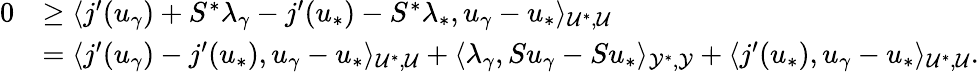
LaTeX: \begin{array}{rl}{0}&{\ge\langle j^{\prime}(u_{\gamma})+S^{*}\lambda_{\gamma}-j^{\prime}(u_{*})-S^{*}\lambda_{*},u_{\gamma}-u_{*}\rangle_{\mathcal{U}^{*},\mathcal{U}}}\\ &{=\langle j^{\prime}(u_{\gamma})-j^{\prime}(u_{*}),u_{\gamma}-u_{*}\rangle_{\mathcal{U}^{*},\mathcal{U}}+\langle\lambda_{\gamma},Su_{\gamma}-Su_{*}\rangle_{\mathcal{Y}^{*},\mathcal{Y}}+\langle j^{\prime}(u_{*}),u_{\gamma}-u_{*}\rangle_{\mathcal{U}^{*},\mathcal{U}}.}\end{array}